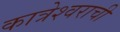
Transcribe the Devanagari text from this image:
कात्रेश्वराची